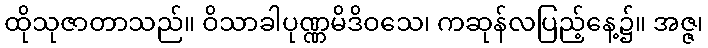
ထိုသုဇာတာသည်။ ဝိသာခါပုဏ္ဏမိဒိဝသေ၊ ကဆုန်လပြည့်နေ့၌။ အဇ္ဇ၊